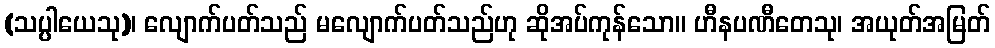
(သပ္ပါယေသု)၊ လျောက်ပတ်သည် မလျောက်ပတ်သည်ဟု ဆိုအပ်ကုန်သော။ ဟီနပဏီတေသု၊ အယုတ်အမြတ်